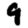
Digit: 9